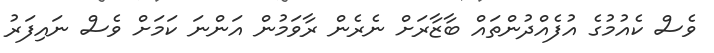
ވެސް ކެއުމުގެ އުފެއްދުންތައް ބާޒާރަށް ނެރެން ރާވަމުން އަންނަ ކަމަށް ވެސް ނައިފަރު